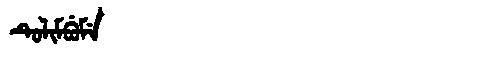
Manchu: ᡨᡠᠯᡳᠮᠪᡠᠮᡝ
Romanization: TULIMBUME